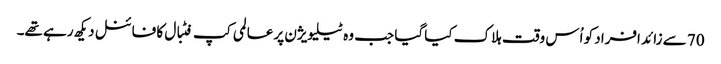
70 سے زائد افراد کو اُس وقت ہلاک کیا گیا جب وہ ٹیلیویژن پر عالمی کپ فٹبال کا فائنل دیکھ رہے تھے۔